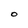
Character: O